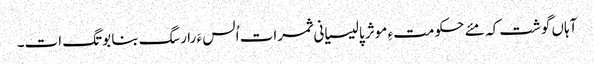
آہاں گوشت کہ مئے حکومت ءِ موثر پالیسیانی ثمرات اُلس ءَ را رسگ بنا بوتگ ات۔